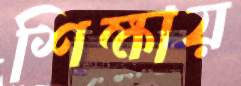
শিক্ষায়